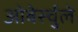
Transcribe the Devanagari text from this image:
ओबेर्स्चुले